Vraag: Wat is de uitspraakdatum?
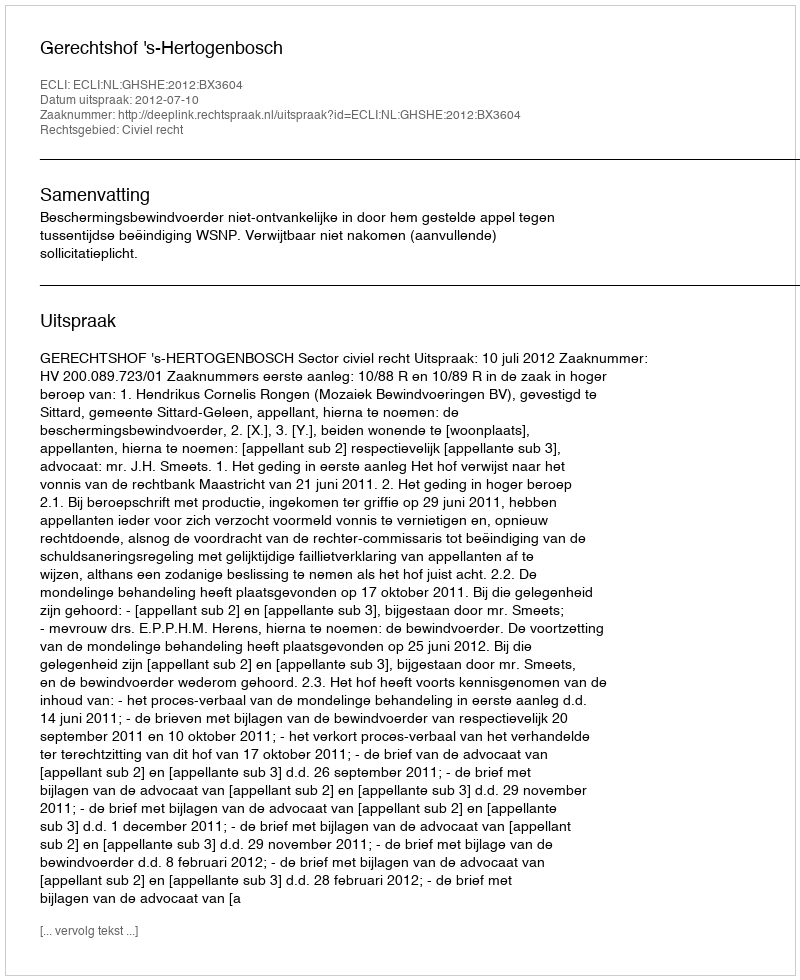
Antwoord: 2012-07-10